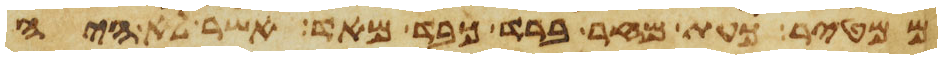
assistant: ממטיר כעת מחר ברד כבד מאד אשר לא היה